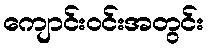
ကျောင်းဝင်းအတွင်း